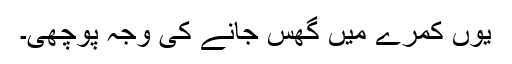
یوں کمرے میں گھس جانے کی وجہ پوچھی۔